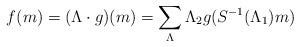
LaTeX: \begin{align*}f(m)= (\Lambda\cdot g)(m) =\sum_\Lambda \Lambda_{2}g(S^{-1}(\Lambda_{1}) m)\end{align*}